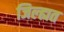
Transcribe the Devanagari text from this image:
जिल्ह्यत